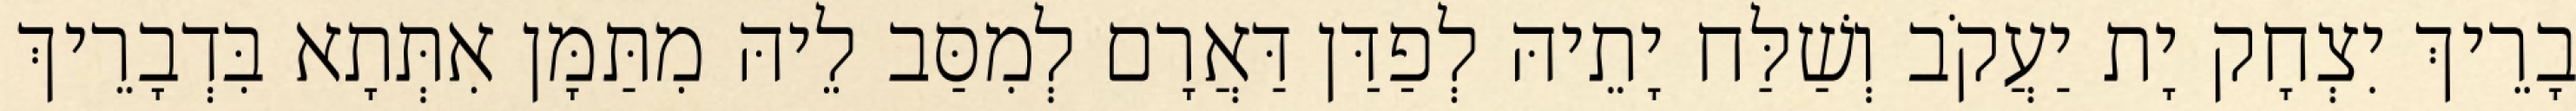
בָרֵיךְ יִצְחָק יָת יַעֲקֹב וְשַׁלַּח יָתֵיהּ לְפַדַּן דַּאֲרָם לְמִסַּב לֵיהּ מִתַּמָּן אִתְּתָא בִּדְבָרֵיךְ